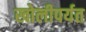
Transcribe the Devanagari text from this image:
खोलीपर्यत